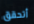
أتحقق